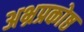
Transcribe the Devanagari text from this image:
अभ्रप्रकोष्ठ